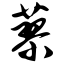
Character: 蓼